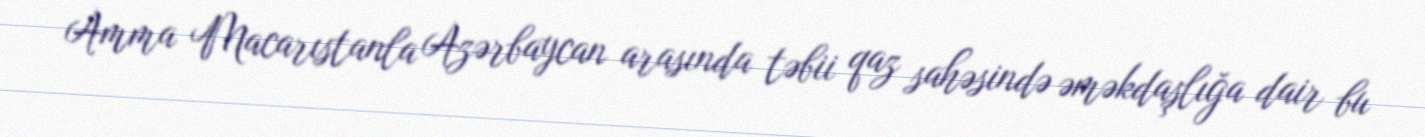
Amma Macarıstanla Azərbaycan arasında təbii qaz sahəsində əməkdaşlığa dair bu